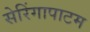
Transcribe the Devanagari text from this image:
सेरिंगापाटम